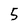
Character: 5